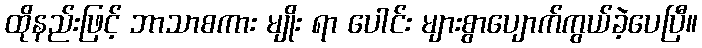
ထိုနည်းဖြင့် ဘာသာစကား မျိုး ရာ ပေါင်း များစွာပျောက်ကွယ်ခဲ့ပေပြီ။